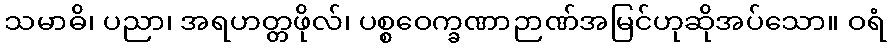
သမာဓိ၊ ပညာ၊ အရဟတ္တဖိုလ်၊ ပစ္စဝေက္ခဏာဉာဏ်အမြင်ဟုဆိုအပ်သော။ ဝရံ